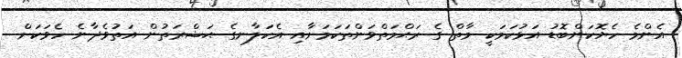
އެންމެ ހެޔޮކަންބޮޑު އަޅުކަމަކީ މާތް ގެ ރަޙްމަތްވަންތަކަމަށާއި އެކަލާނގެ ޙަޟްރަތުން އަތުވެދާނެ ހެވަކަށް